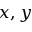
x , y